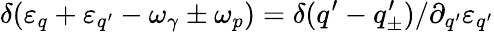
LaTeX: \delta(\varepsilon_{q}+\varepsilon_{q^{\prime}}-\omega_{\gamma}\pm\omega_{p})=\delta(q^{\prime}-q_{\pm}^{\prime})/\partial_{q^{\prime}}\varepsilon_{q^{\prime}}